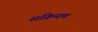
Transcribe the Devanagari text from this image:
संक्रियण